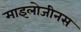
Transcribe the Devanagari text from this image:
माइलोजीनस